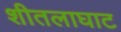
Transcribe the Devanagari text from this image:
शीतलाघाट